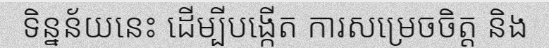
ទិន្នន័យនេះ ដើម្បីបង្កើត ការសម្រេចចិត្ត និង